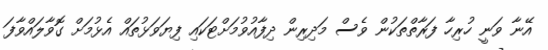
އޭނާ ވަނީ ހުރިހާ ފަރާތްތަކުން ވެސް މަދިރިން ދިފާއުވުމަށްޓަކައި ފިޔަވަޅުތައް އެޅުމަށް ގޮވާލައްވާފަ